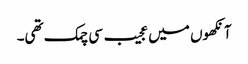
آنکھوں میں عجیب سی چمک تھی۔